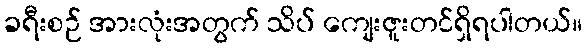
ခရီးစဉ် အားလုံးအတွက် သိပ် ကျေးဇူးတင်ရှိရပါတယ်။